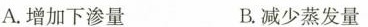
A.增加下渗量 B.减少蒸发量